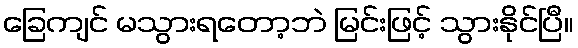
ခြေကျင် မသွားရတော့ဘဲ မြင်းဖြင့် သွားနိုင်ပြီ။